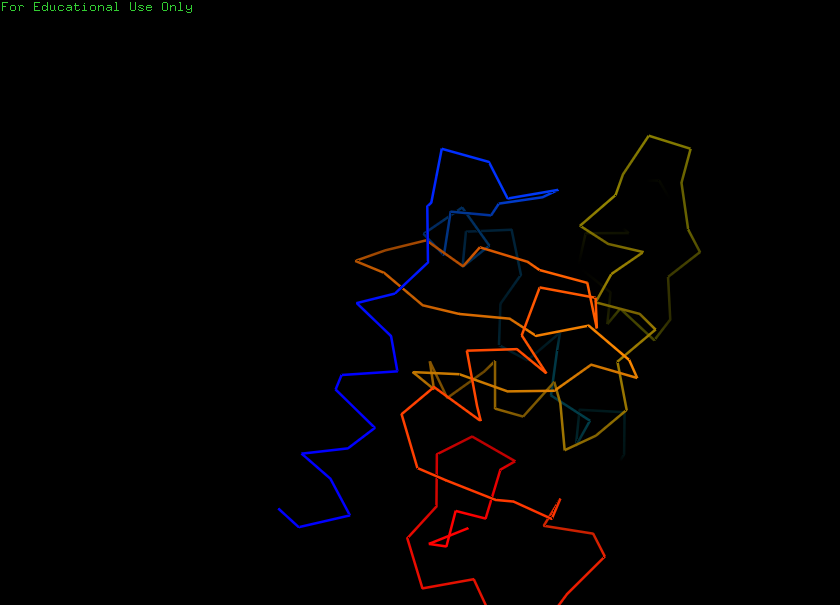
pymol, preset, ligand_sites_mesh